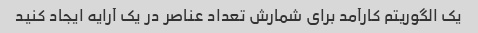
یک الگوریتم کارآمد برای شمارش تعداد عناصر در یک آرایه ایجاد کنید